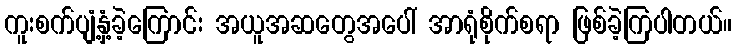
ကူးစက်ပျံ့နှံ့ခဲ့ကြောင်း အယူအဆတွေအပေါ် အာရုံစိုက်စရာ ဖြစ်ခဲ့ကြပါတယ်။